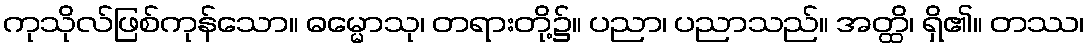
ကုသိုလ်ဖြစ်ကုန်သော။ ဓမ္မောသု၊ တရားတို့၌။ ပညာ၊ ပညာသည်။ အတ္ထိ၊ ရှိ၏။ တဿ၊